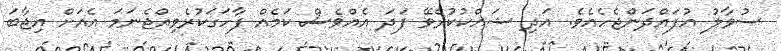
ސުވާލު އުފައްދަންޖެހެއެވެ. އަދި ޝައްކުކުރެވޭ ފަދަ އެއްވެސް ކަމެއް ފާހަގަކުރެވިއްޖެނަމަ އެއަށް އިޖާބަ